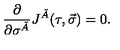
\frac { \partial } { \partial \sigma ^ { \check { A } } } J ^ { \check { A } } ( \tau , \vec { \sigma } ) = 0 .